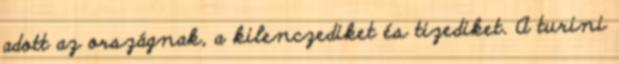
adott az országnak, a kilenczediket és tizediket. A turini